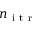
n _ { \mathrm { ~ i ~ t ~ r ~ } }